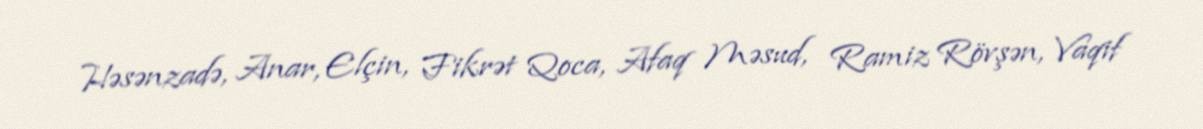
Həsənzadə, Anar, Elçin, Fikrət Qoca, Afaq Məsud, Ramiz Rövşən, Vaqif